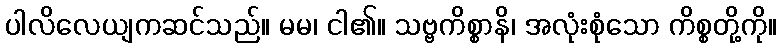
ပါလိလေယျကဆင်သည်။ မမ၊ ငါ၏။ သဗ္ဗကိစ္စာနိ၊ အလုံးစုံသော ကိစ္စတို့ကို။